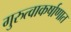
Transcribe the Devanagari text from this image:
गुरुत्वाकर्षाणात